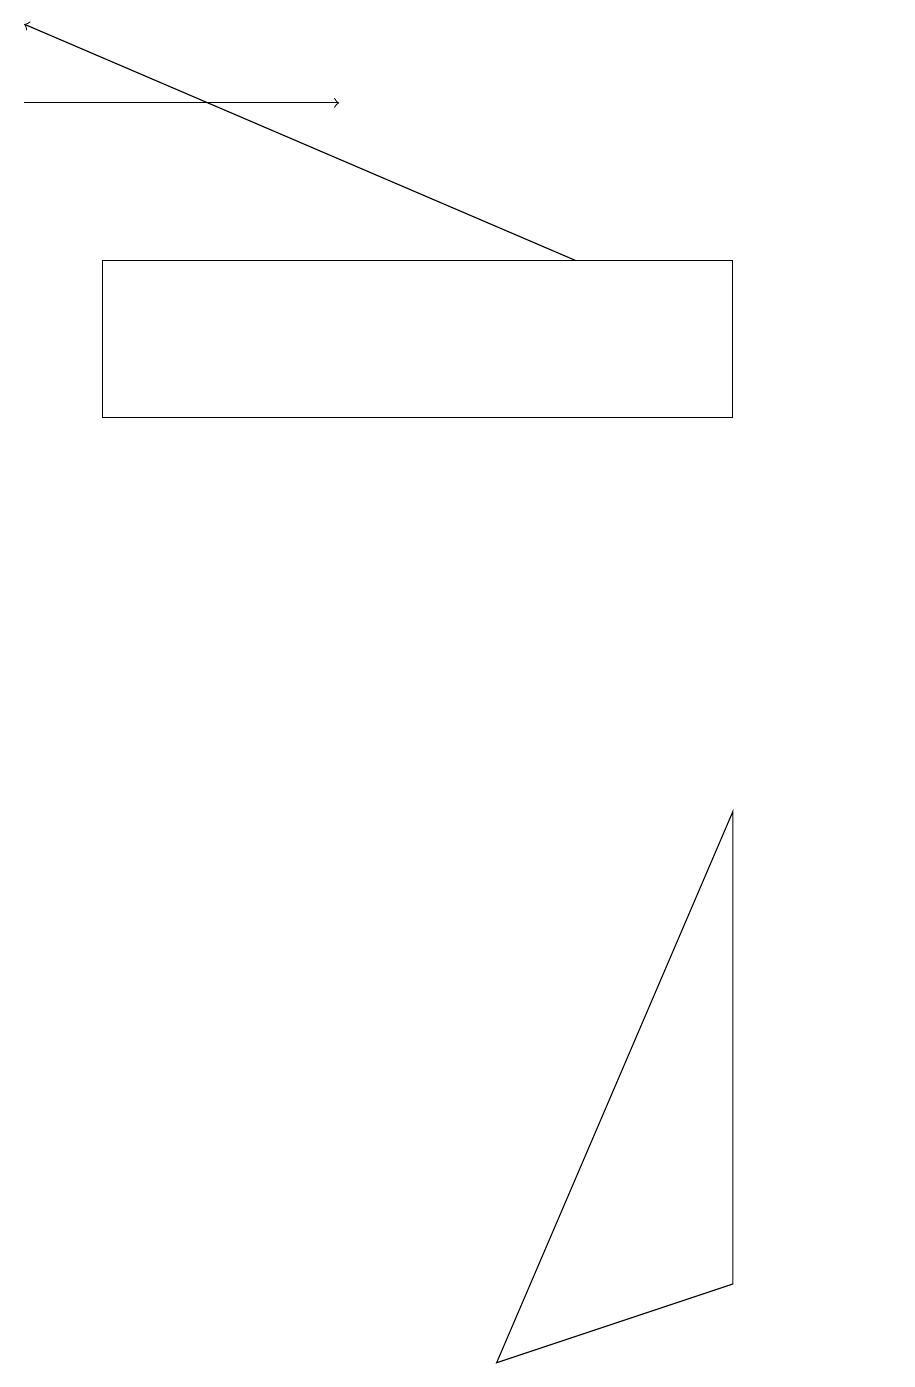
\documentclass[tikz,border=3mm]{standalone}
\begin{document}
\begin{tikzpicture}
\draw (9,14) rectangle (1,16);
\draw[->] (0,18) -- (4,18);
\draw[->] (7,16) -- (0,19);
\draw (9,9) -- (9,3) -- (6,2) -- cycle;
\draw (11,10) circle (0);
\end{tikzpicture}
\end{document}